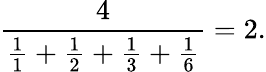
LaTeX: {\frac{4}{{\frac{1}{1}}+{\frac{1}{2}}+{\frac{1}{3}}+{\frac{1}{6}}}}=2.